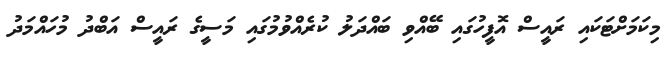
މިކަމަށްޓަކައި ރައީސް އޮފީހުގައި ބޭއްވި ބައްދަލު ކުރެއްވުމުގައި މަސީގެ ރައީސް އަބްދު މުހައްމަދު